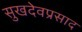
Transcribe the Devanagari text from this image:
सुखदेवप्रसाद